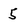
Character: 5